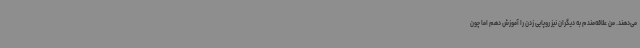
می‌دهند. من علاقه‌مندم به دیگران نیز روپایی زدن را آموزش دهم اما چون